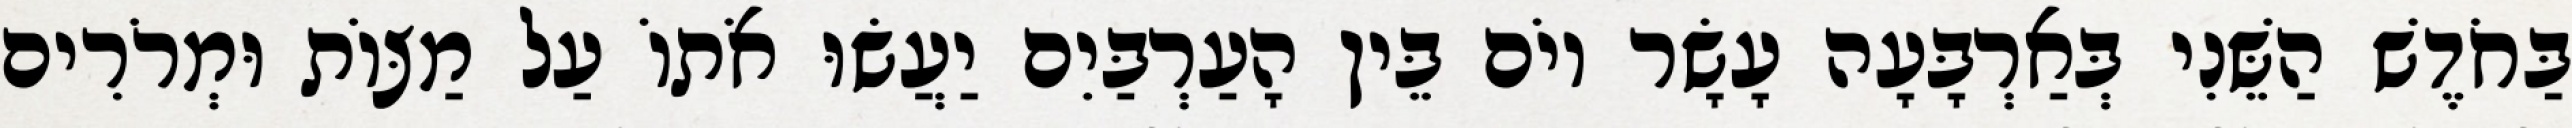
בַּחֹדֶשׁ הַשֵּׁנִי בְּאַרְבָּעָה עָשָׂר יוֹם בֵּין הָעַרְבַּיִם יַעֲשׂוּ אֹתוֹ עַל מַצּוֹת וּמְרֹרִים